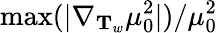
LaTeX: \operatorname*{max}(|\nabla_{\mathbf{T}_{w}}\mu_{0}^{2}|)/\mu_{0}^{2}